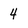
Character: 4